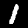
Label: 1